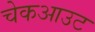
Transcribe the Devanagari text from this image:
चेकआउट